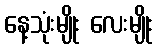
နေ့သုံးမျိုး လေးမျိုး